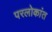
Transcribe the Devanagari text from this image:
परलोकांत